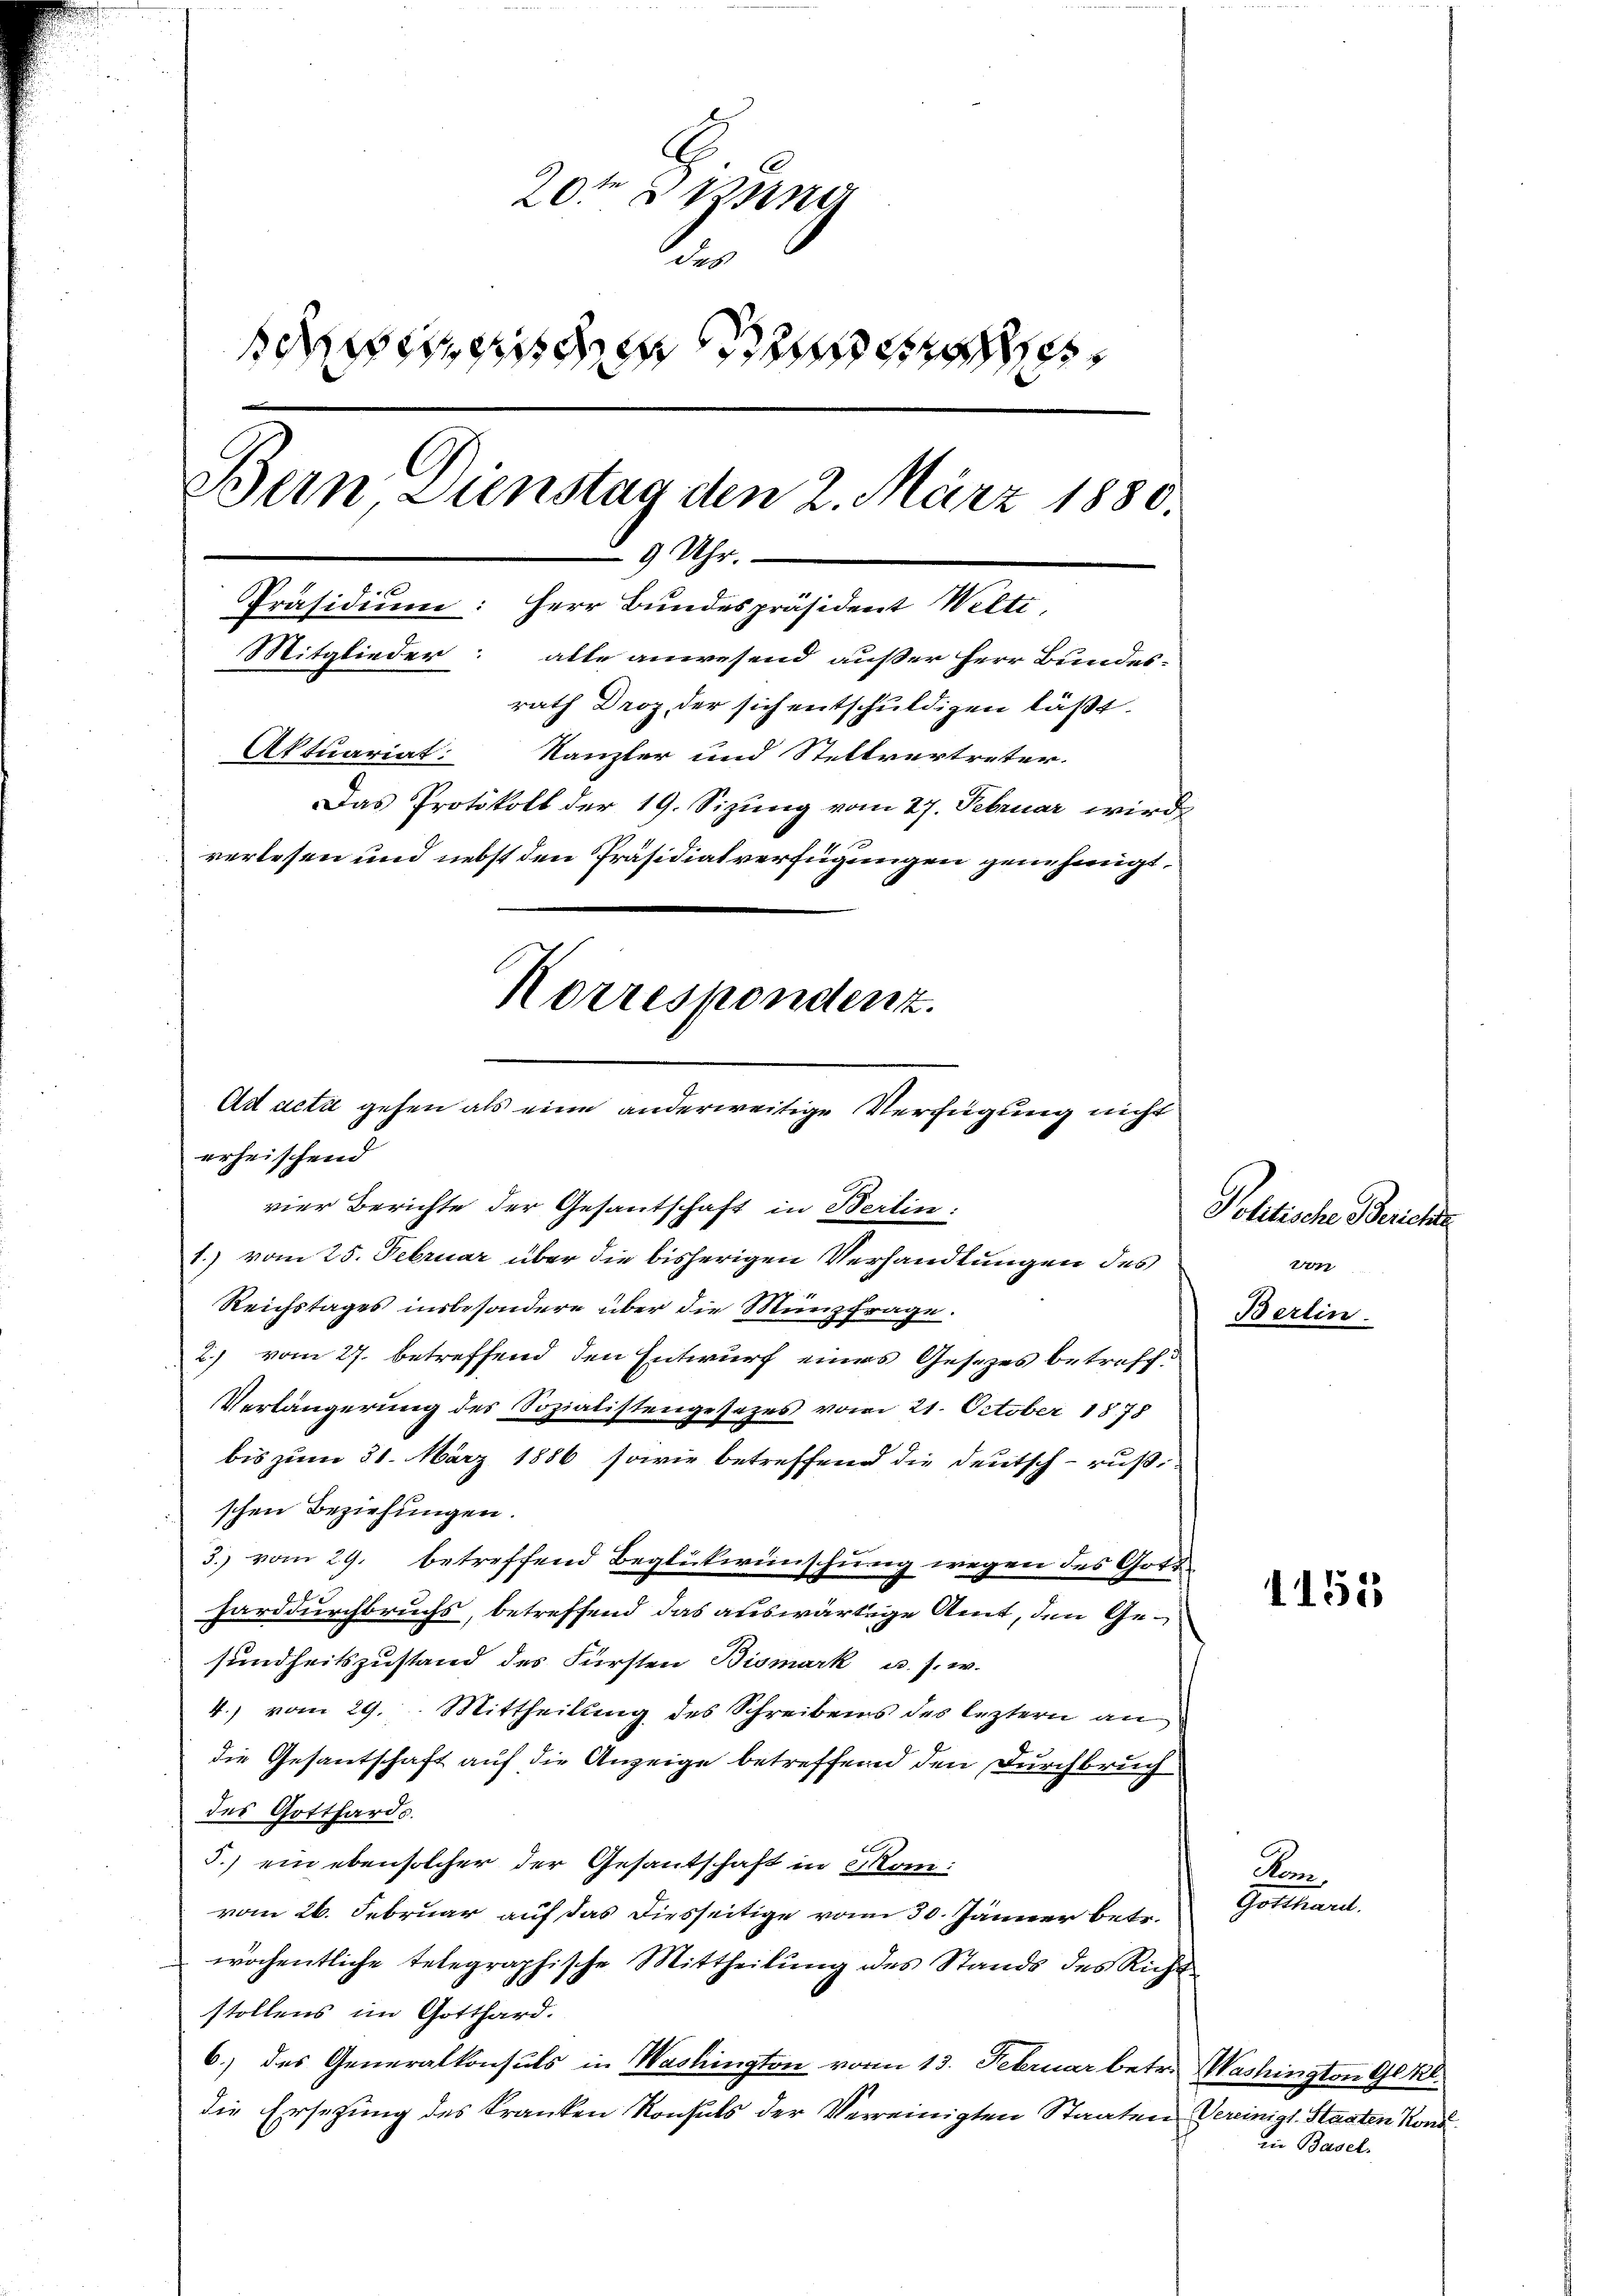
20ten Miner
e
scende
Bern Dienstag den 2. März 1880.
9 Uhr.
Präsidium: Herr Bundespräsident Welti,
Mitglieder: alle anwesend außer Herr Bundes-
rath Droz, der sich entschuldigen läßt.
Aktuariat:
Kanzler und Stellvertreter.
Das Protokoll der 19. Sizung vom 27. Februar wird,
verlesen und nebst den Präsidialverfügungen genehmigt.
Korrespondenz.

Ad acti gehen als eine anderweitige Verfügung nicht
erheischend
vier Berichte der Gesantschaft in Berlin:

1.) vom 25. Februar über die bisherigen Verhandlungen des
Reichstages insbesondere über die Münzfrage.
2) vom 27. betreffend den Entwurf eines Gesezes betreff¬
Verlängerung des Sozialistengesezes vom 21. October 1878
bis zum 31. März 1886 sowie betreffend die Deutsch-rußschen Beziehungen.
3.) vom 29. betreffend Beglütwünschung wegen des Gott
b
Harddurchbruchs, betreffend das auswärtige Amt, den Gesundheitszustand des Fürsten Bismark u. s. w.
4.) vom 29. Mittheilung des Schreibens des leztern an
die Gesantschaft auf die Anzeige betreffend den Durchbruch
des Gotthards.
5.) ein ebensolcher der Gesantschaft in Mon:
vom 26. Februar auf das diesseitige vom 30. Jänner betr.
wöchentliche telegraphische Mittheilung des Stands des Richt
stollens im Gotthard.
6.) des Generalkonsuls in Washington vom 13. Februar betr. Washington Gl Kl.
die Ersetzung des Kranken Konsuls der Vereinigten Staaten Vereinigl. Staaten Kon¬

Politische Bericht
Ven
Berlin.

Kon
Gotthard.

1155

in Basel-